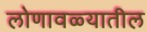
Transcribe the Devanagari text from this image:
लोणावळ्यातील